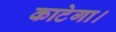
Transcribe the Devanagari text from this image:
काटेगा।